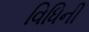
વિધિની